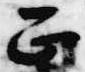
正